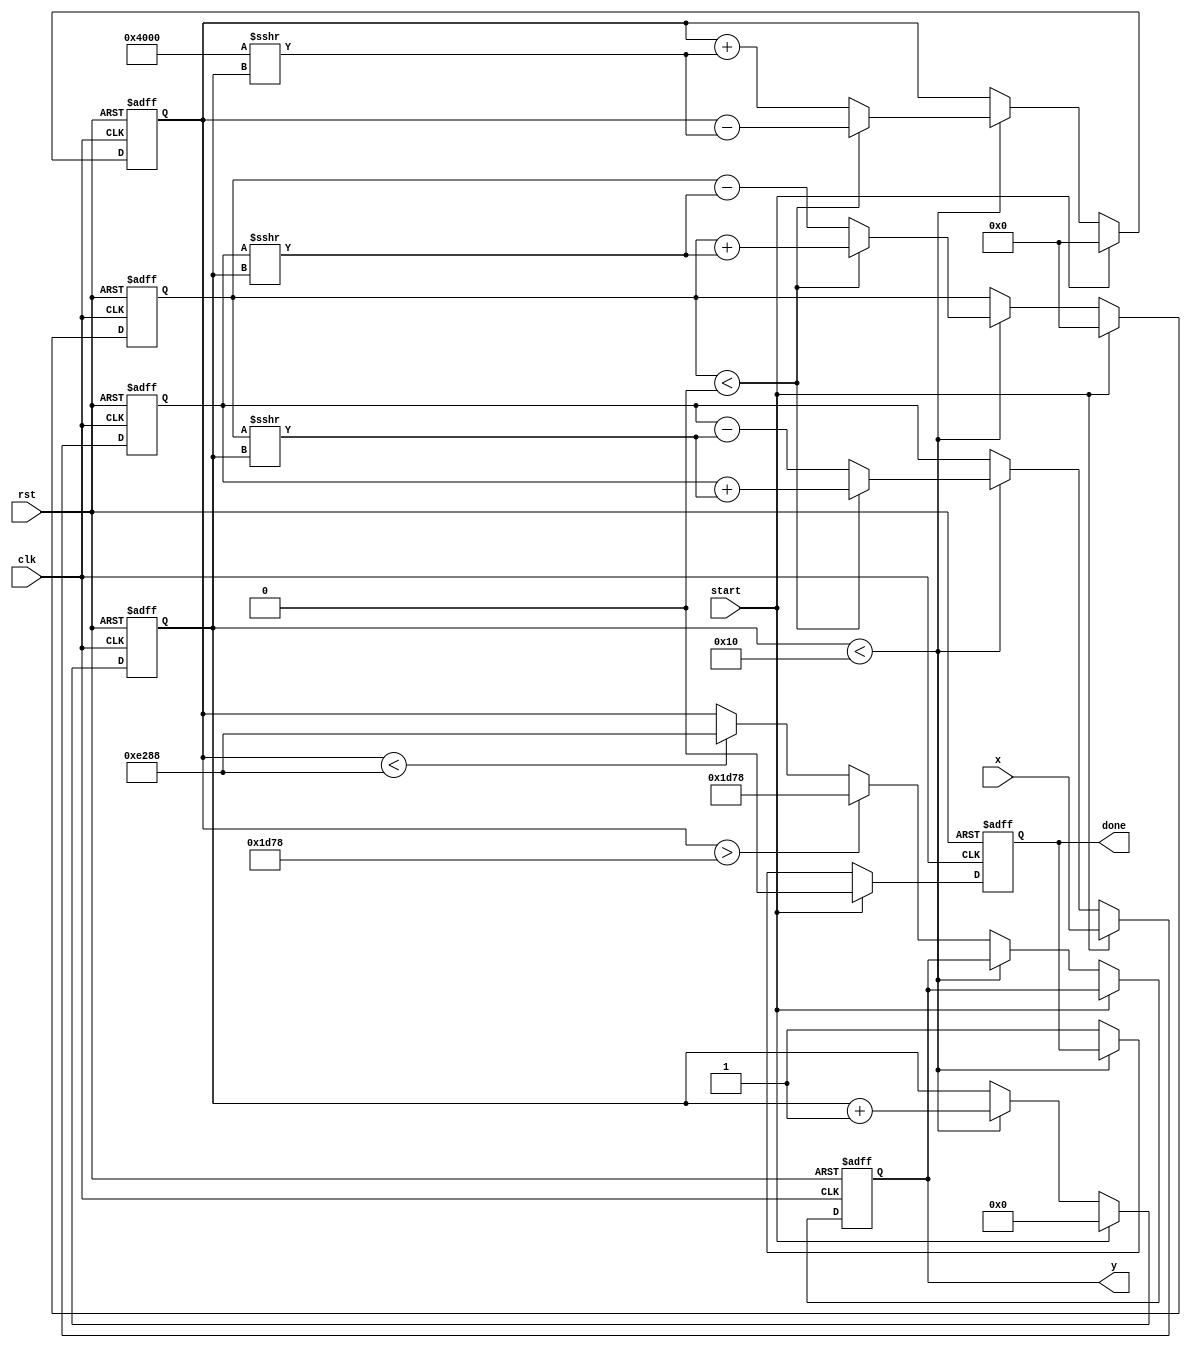
module atan_block(
    input clk,
    input rst,
    input start,
    input signed [15:0] x, // Input data (fixed-point)
    output reg signed [15:0] y, // Output data (fixed-point)
    output reg done
);

    parameter ITERATIONS = 16; // Number of iterations for CORDIC
    parameter PI_OVER_2 = 16'h1D78; // /2 in fixed-point (16 bits)
    parameter NEG_PI_OVER_2 = -16'h1D78; // -/2 in fixed-point (16 bits)

    reg [4:0] count; // Iteration counter
    reg signed [15:0] z; // Angle accumulator
    reg signed [15:0] x_curr, y_curr; // CORDIC x and y values

    always @(posedge clk or posedge rst) begin
        if (rst) begin
            y <= 0;
            done <= 0;
            count <= 0;
            z <= 0;
            x_curr <= 0;
            y_curr <= 0;
        end else if (start) begin
            // Initialize CORDIC variables
            x_curr <= x;
            y_curr <= 0; // Start with y=0
            z <= 0; // Start angle
            count <= 0;
            done <= 0;
        end else if (count < ITERATIONS) begin
            // CORDIC rotation
            if (y_curr < 0) begin
                // Rotate clockwise
                x_curr <= x_curr + (y_curr >>> count);
                y_curr <= y_curr + (x_curr >>> count);
                z <= z - (16'h4000 >>> count); // Update angle
            end else begin
                // Rotate counterclockwise
                x_curr <= x_curr - (y_curr >>> count);
                y_curr <= y_curr - (x_curr >>> count);
                z <= z + (16'h4000 >>> count); // Update angle
            end
            count <= count + 1;
        end else begin
            // Finalize output
            if (z > PI_OVER_2) begin
                y <= PI_OVER_2; // Saturate at /2
            end else if (z < NEG_PI_OVER_2) begin
                y <= NEG_PI_OVER_2; // Saturate at -/2
            end else begin
                y <= z; // Output the result
            end
            done <= 1; // Indicate computation is done
        end
    end

endmodule